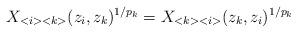
LaTeX: \begin{align*}X_{<i><k>}(z_{i},z_{k})^{1/p_{k}}=X_{<k><i>}(z_{k},z_{i})^{1/p_{k}}\end{align*}